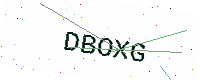
Text: DBOXG